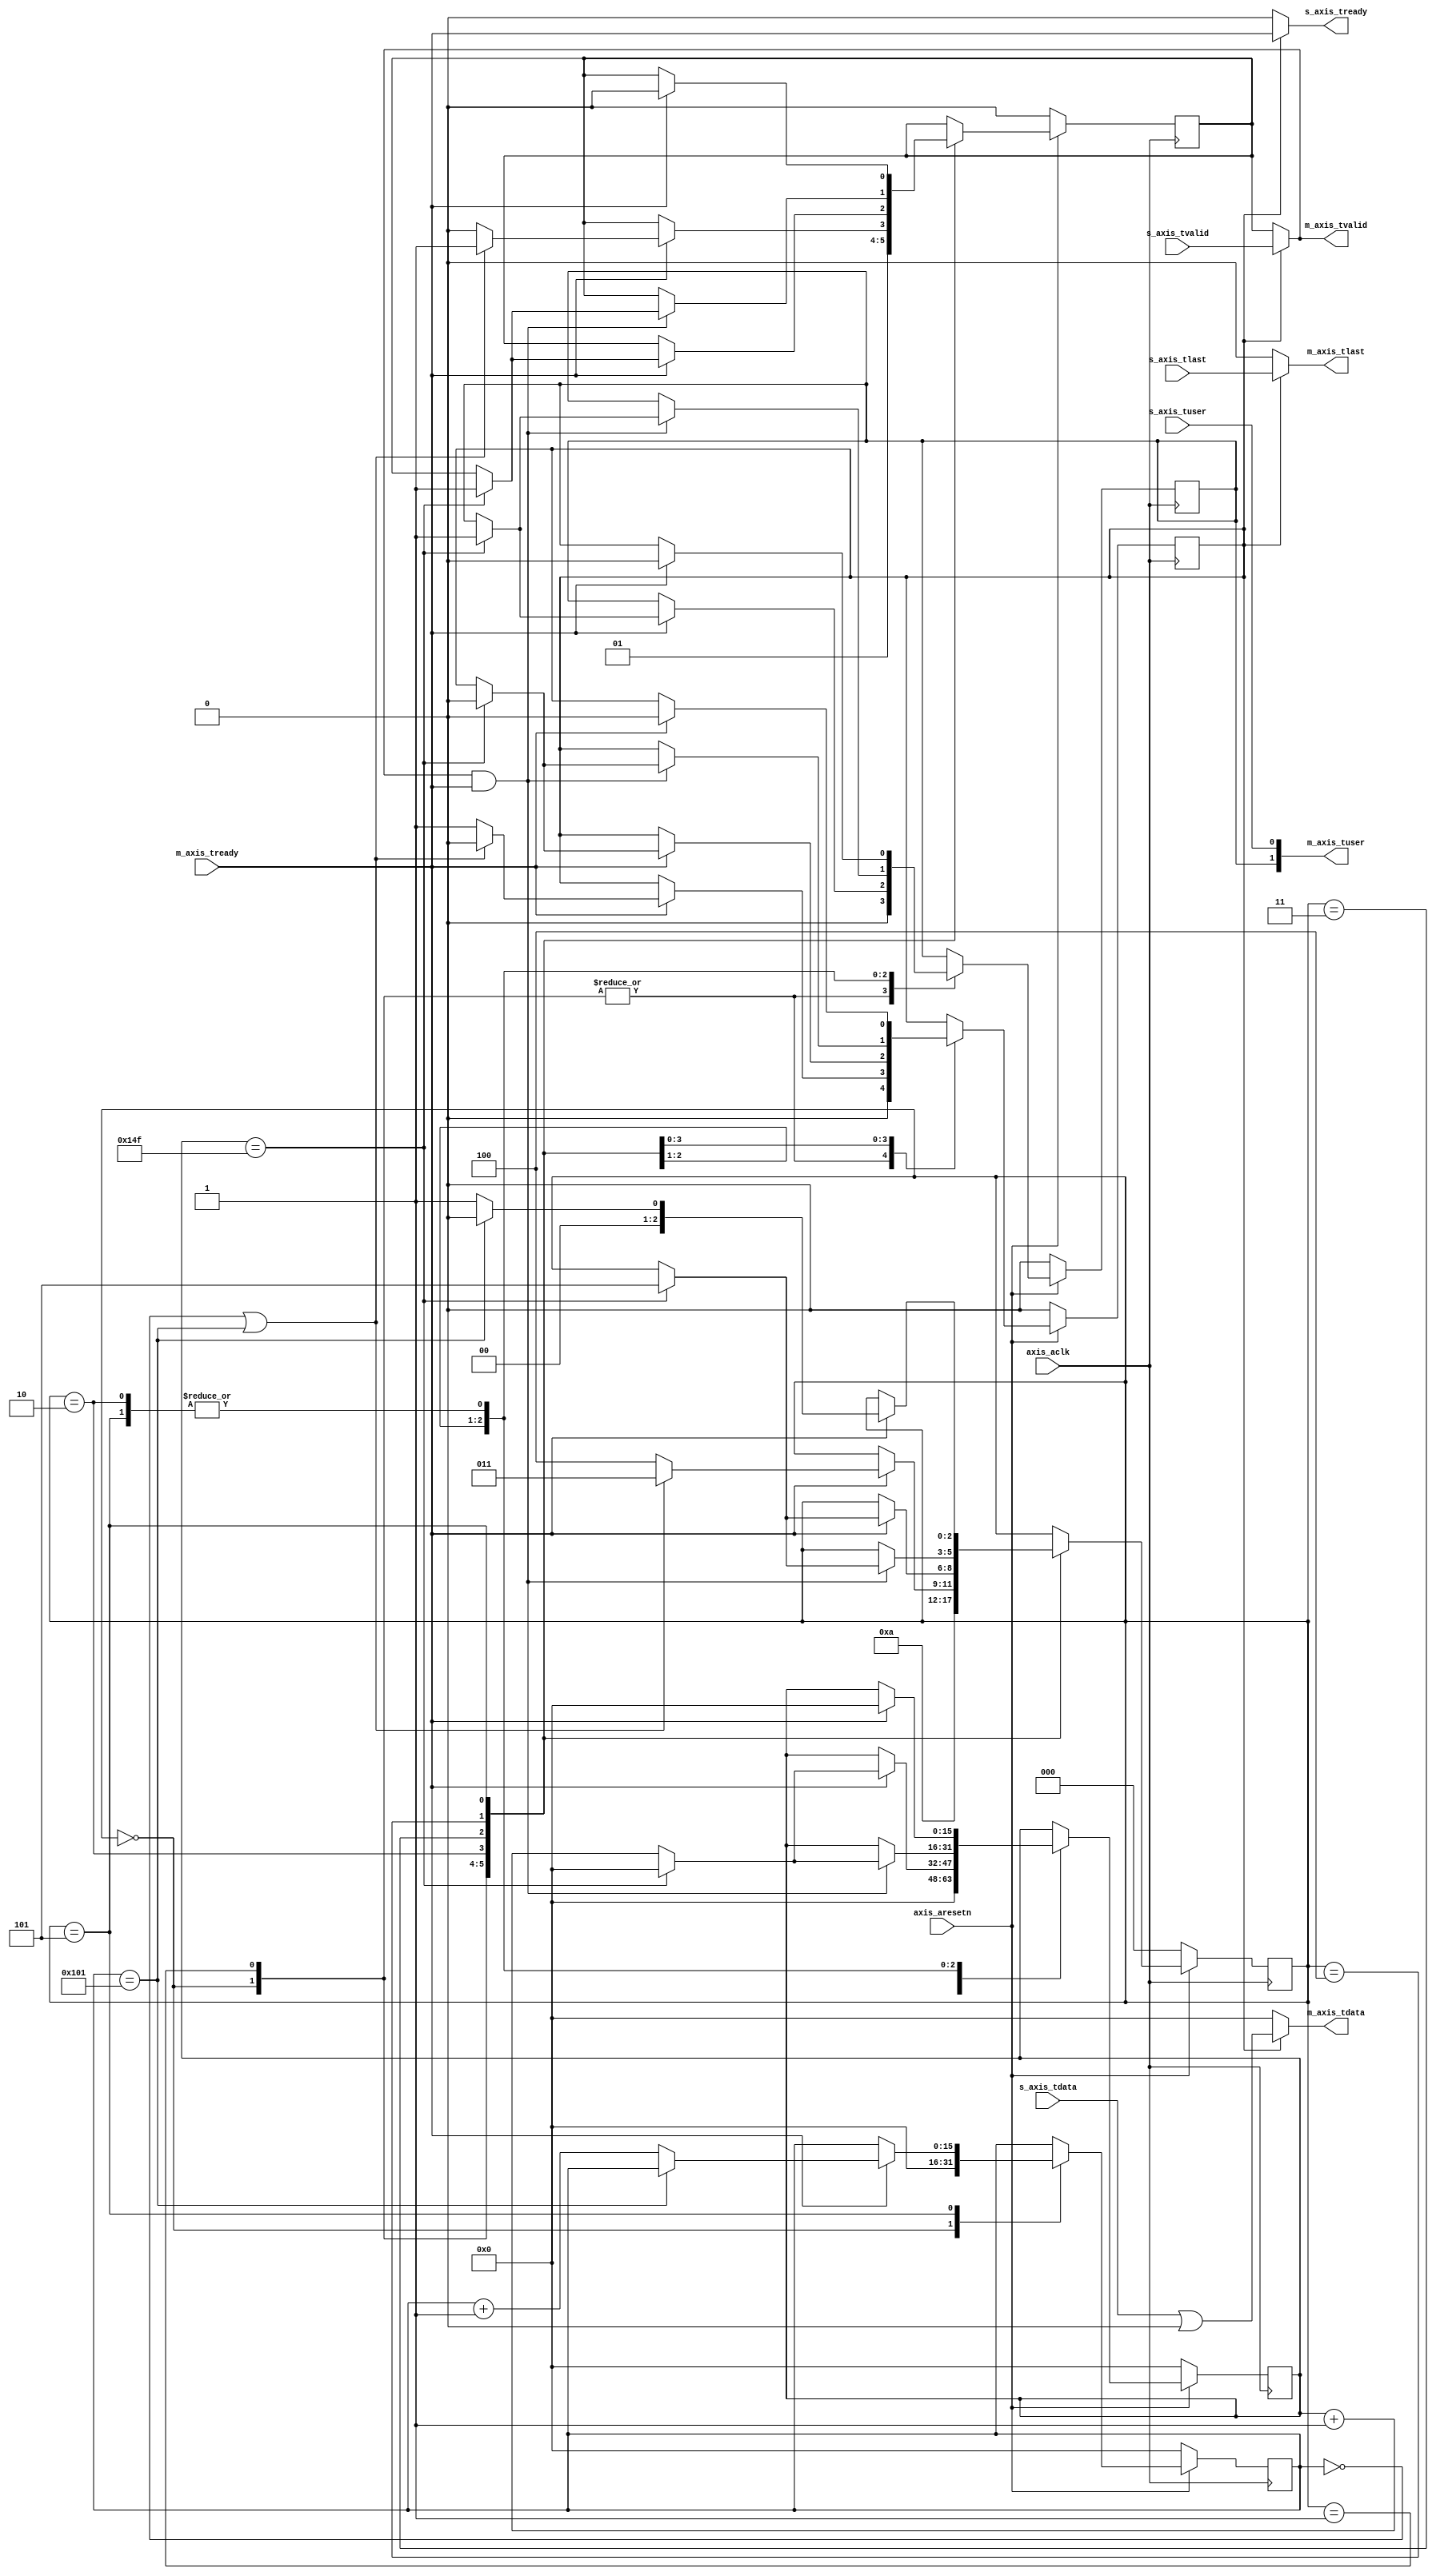
/* 
 * ----------------------------------------------------------------------------
 *  Project:  OpenIRV
 *  Purpose:  AXI4-Stream image border generation module. Adds a single pixel
 *            width boarder to the incoming image stream. This boarder allows
 *            to simplify any 3x3 matrix based image processing at the edges
 *            and corners.
 * ----------------------------------------------------------------------------
 *  Copyright  2020-2021, Vaagn Oganesyan <ovgn@protonmail.com>
 *  
 *  Licensed under the Apache License, Version 2.0 (the "License");
 *  you may not use this file except in compliance with the License.
 *  You may obtain a copy of the License at
 *  
 *      http://www.apache.org/licenses/LICENSE-2.0
 *  
 *  Unless required by applicable law or agreed to in writing, software
 *  distributed under the License is distributed on an "AS IS" BASIS,
 *  WITHOUT WARRANTIES OR CONDITIONS OF ANY KIND, either express or implied.
 *  See the License for the specific language governing permissions and
 * ----------------------------------------------------------------------------
 */


`default_nettype none
`timescale 1ps / 1ps


module axis_img_border_gen #
(
    parameter   IMG_RES_X = 336,
    parameter   IMG_RES_Y = 256,
    parameter   BORDER_PIX_MASK = 16'h0000,
    parameter   DATA_PIX_MASK = 16'h0000
)
(
    input   wire            axis_aclk,
    input   wire            axis_aresetn,
    
    input   wire    [15:0]  s_axis_tdata,
    input   wire            s_axis_tvalid,
    output  wire            s_axis_tready,
    input   wire            s_axis_tlast,
    input   wire            s_axis_tuser,
    
    output  wire    [15:0]  m_axis_tdata,
    output  wire            m_axis_tvalid,
    input   wire            m_axis_tready,
    output  wire            m_axis_tlast,
    output  wire    [1:0]   m_axis_tuser
);
    
/*-------------------------------------------------------------------------------------------------------------------------------------*/
    
    reg             axis_bypass     = 1'b0;
    reg             border_valid    = 1'b0;
    reg             border_pix_last = 1'b0;
    
    assign  m_axis_tdata  = (axis_bypass)? (s_axis_tdata | DATA_PIX_MASK) : BORDER_PIX_MASK;
    assign  m_axis_tvalid = (axis_bypass)? s_axis_tvalid : border_valid;
    assign  m_axis_tlast  = (axis_bypass)? s_axis_tlast  : 1'b0;
    assign  s_axis_tready = (axis_bypass)? m_axis_tready : 1'b0;
    assign  m_axis_tuser  = {border_pix_last, s_axis_tuser};
    
    reg     [15:0]  x_cnt = 16'd0;
    reg     [15:0]  y_cnt = 16'd0;
    
    
    localparam  [2:0]   ST_RST            = 3'd0,
                        ST_ROW_FIRST_PIX  = 3'd1,
                        ST_SEL_ROW_TYPE   = 3'd2,
                        ST_BORDER_ROW     = 3'd3,
                        ST_DATA_ROW       = 3'd4,
                        ST_ROW_LAST_PIX   = 3'd5;
                        
    reg         [2:0]   state = ST_RST;
    
    
    always @(posedge axis_aclk) begin
        if (~axis_aresetn) begin
            x_cnt           <= 16'd0;
            y_cnt           <= 16'd0;
            axis_bypass     <= 1'b0;
            border_valid    <= 1'b0;
            border_pix_last <= 1'b0;
            state           <= ST_RST;
        end else begin
            case (state)
                ST_RST: begin
                    x_cnt           <= 16'd0;
                    y_cnt           <= 16'd0;
                    axis_bypass     <= 1'b0;
                    border_valid    <= 1'b0;
                    border_pix_last <= 1'b0;
                    state           <= ST_ROW_FIRST_PIX;    // wait for frame start?
                end
                
                ST_ROW_FIRST_PIX: begin
                    axis_bypass     <= 1'b0;
                    border_valid    <= 1'b1;
                    border_pix_last <= 1'b0;
                    state           <= ST_SEL_ROW_TYPE;
                end
                
                ST_SEL_ROW_TYPE: begin
                    if (m_axis_tready) begin
                        x_cnt <= 16'd0;
                        if ((y_cnt == 16'd0) || (y_cnt == (IMG_RES_Y + 1))) begin
                            axis_bypass     <= 1'b0;
                            border_valid    <= 1'b1;
                            border_pix_last <= 1'b0;
                            state <= ST_BORDER_ROW;
                        end else begin
                            axis_bypass     <= 1'b1;
                            border_valid    <= 1'b0;
                            border_pix_last <= 1'b0;
                            state <= ST_DATA_ROW;
                        end
                    end
                end
                
                ST_BORDER_ROW: begin
                    if (m_axis_tready) begin
                        x_cnt <= x_cnt + 1'b1;
                        if (x_cnt == (IMG_RES_X - 1)) begin
                            axis_bypass     <= 1'b0;
                            border_valid    <= 1'b1;
                            border_pix_last <= 1'b1;
                            x_cnt <= 16'd0;
                            state <= ST_ROW_LAST_PIX;
                        end
                    end
                end
                
                
                ST_DATA_ROW: begin
                    if (m_axis_tvalid & m_axis_tready) begin
                        x_cnt <= x_cnt + 1'b1;
                        if (x_cnt == (IMG_RES_X - 1)) begin
                            axis_bypass     <= 1'b0;
                            border_valid    <= 1'b1;
                            border_pix_last <= 1'b1;
                            x_cnt <= 16'd0;
                            state <= ST_ROW_LAST_PIX;
                        end
                    end
                end
                
                ST_ROW_LAST_PIX: begin
                    if (m_axis_tready) begin
                        x_cnt <= 16'd0;
                        axis_bypass     <= 1'b0;
                        border_valid    <= 1'b0;
                        border_pix_last <= 1'b0;
                        if (y_cnt == (IMG_RES_Y + 1)) begin
                            state <= ST_RST;
                        end else begin
                            y_cnt <= y_cnt + 1'b1;
                            state <= ST_ROW_FIRST_PIX;
                        end
                    end
                end
            endcase
        end
    end
    
endmodule

/*-------------------------------------------------------------------------------------------------------------------------------------*/

`default_nettype wire